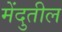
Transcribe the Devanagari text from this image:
मेंदुतील